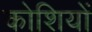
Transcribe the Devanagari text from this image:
कोशियों